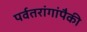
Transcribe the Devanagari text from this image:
पर्वतरांगांपैकी